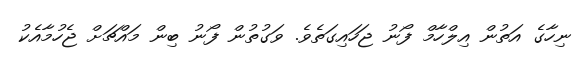
ނިހާގެ އަތުން އިލްހާމް ފޯނު ޖަހައިގަތެވެ. ވަގުތުން ފޯނު ބިން މައްޗަށް ޖެހުމާއެކު